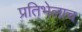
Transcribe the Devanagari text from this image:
प्रतिभेलाच